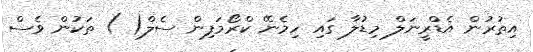
އިތުރުން އެޑްރީނަލް މިޑުލާ ގައި ހިމެނޭ ކްރޯމަފިން ސެލް( ) ތަކުން ވެސް